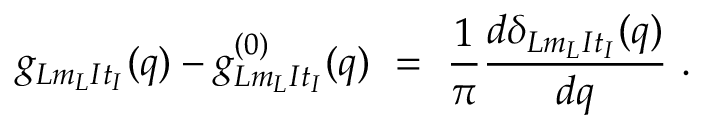
g _ { L m _ { L } I t _ { I } } ( q ) - g _ { L m _ { L } I t _ { I } } ^ { ( 0 ) } ( q ) ~ = ~ \frac { 1 } { \pi } \frac { d \delta _ { L m _ { L } I t _ { I } } ( q ) } { d q } ~ .